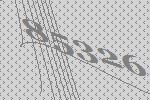
85326